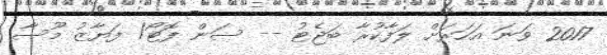
2017 ވަނަ އަހަރަށް ލަފާކުރާ ބަޖެޓު -- ސަން ފޮޓޯ/ ފަޔާޒު މޫސާ